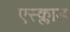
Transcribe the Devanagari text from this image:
एस्क्लाड